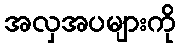
အလှအပများကို